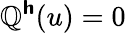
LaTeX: \mathbb{Q}^{\boldsymbol{\mathsf{{h}}}}(u)=0